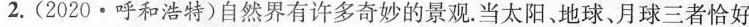
2.(2020·呼和浩特)自然界有许多奇妙的景观。当太阳、地球、月球三者恰好